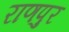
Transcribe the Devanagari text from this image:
राणपुर